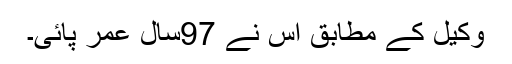
وکیل کے مطابق اس نے 97سال عمر پائی۔